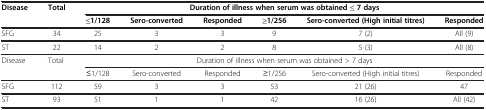
<table><thead><tr><td><b>Disease</b></td><td><b>Total</b></td><td colspan="6"><b>Duration of illness when serum was obtained ≤ 7 days</b></td></tr><tr><td><b> </b></td><td><b> </b></td><td><b>≤1/128</b></td><td><b>Sero-converted</b></td><td><b>Responded</b></td><td><b>≥1/256</b></td><td><b>Sero-converted (High initial titres)</b></td><td><b>Responded</b></td></tr></thead><tbody><tr><td>SFG</td><td>34</td><td>25</td><td>3</td><td>3</td><td>9</td><td>7 (2)</td><td>All (9)</td></tr><tr><td>ST</td><td>22</td><td>14</td><td>2</td><td>2</td><td>8</td><td>5 (3)</td><td>All (8)</td></tr><tr><td>Disease</td><td>Total</td><td colspan="6">Duration of illness when serum was obtained &gt; 7 days</td></tr><tr><td> </td><td> </td><td>≤1/128</td><td>Sero-converted</td><td>Responded</td><td>≥1/256</td><td>Sero-converted (High initial titres)</td><td>Responded</td></tr><tr><td>SFG</td><td>112</td><td>59</td><td>3</td><td>3</td><td>53</td><td>21 (26)</td><td>47</td></tr><tr><td>ST</td><td>93</td><td>51</td><td>1</td><td>1</td><td>42</td><td>16 (26)</td><td>All (42)</td></tr></tbody></table>